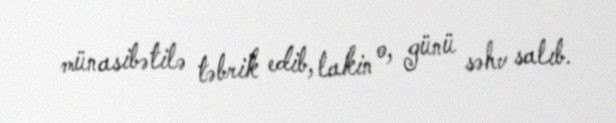
münasibətilə təbrik edib, lakin o, günü səhv salıb.